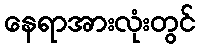
နေရာအားလုံးတွင်